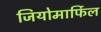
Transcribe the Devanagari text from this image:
जियोमार्फिल